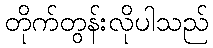
တိုက်တွန်းလိုပါသည်